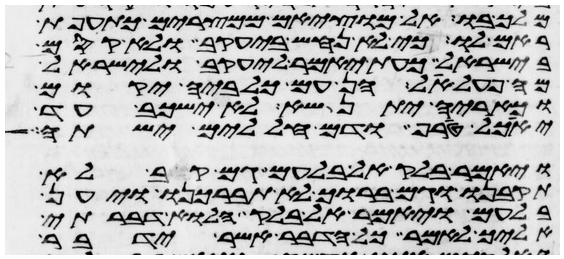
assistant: מלך בו אל מוציאם ממצרים כתועפת
ראם לו כי לא נחש ביעקב ולא קסם
בישראל כעת יאמר ליעקב ולישראל
מה פעל אל הן עם כלביה יקום
וכאריה יתנשא לא ישכב עד
יאכל טרף ודם חללים ישתה
ויאמר בלק אל בלעם גם קב לא
תקבנו וגם ברוך לא תברכנו ויען
בלעם ויאמר אל בלק הלוא דברתי
אליך לאמר כל הדבר אשר ידבר